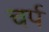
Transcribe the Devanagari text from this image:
चर्प